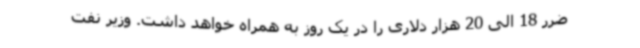
ضرر 18 الی 20 هزار دلاری را در یک روز به همراه خواهد داشت. وزیر نفت